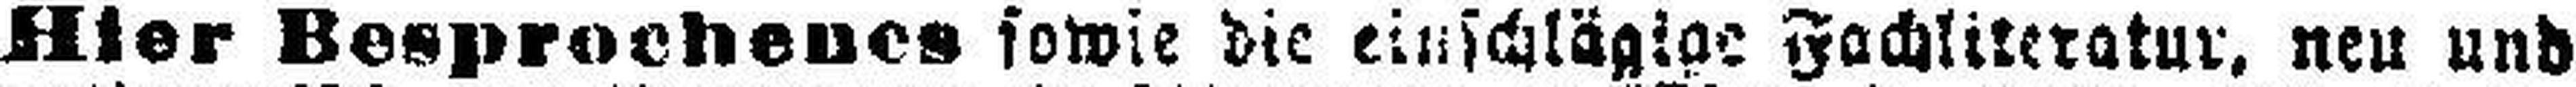
Hier Besprochenes sowie die einschlägige Fachliteratur, neu und